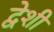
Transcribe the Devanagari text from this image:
द्वेशी